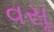
વસૂ